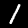
Label: 1